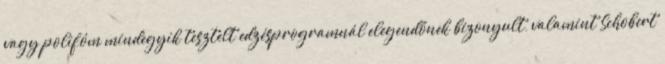
vagy polifóm mindegyik tesztelt edzésprogramnál elegendőnek bizonyult, valamint Schobert